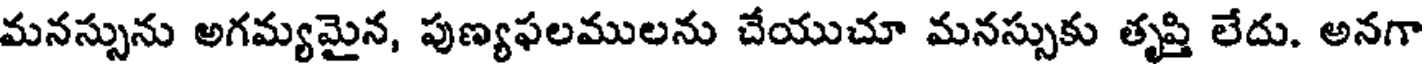
మనస్సును అగమ్యమైన, పుణ్యఫలములను చేయుచూ మనస్సుకు తృప్తి లేదు. అనగా